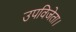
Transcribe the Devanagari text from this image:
उपविजेता।